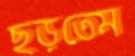
ছড়তেম